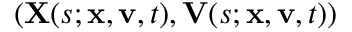
( \mathbf { X } ( s ; \mathbf { x } , \mathbf { v } , t ) , \mathbf { V } ( s ; \mathbf { x } , \mathbf { v } , t ) )